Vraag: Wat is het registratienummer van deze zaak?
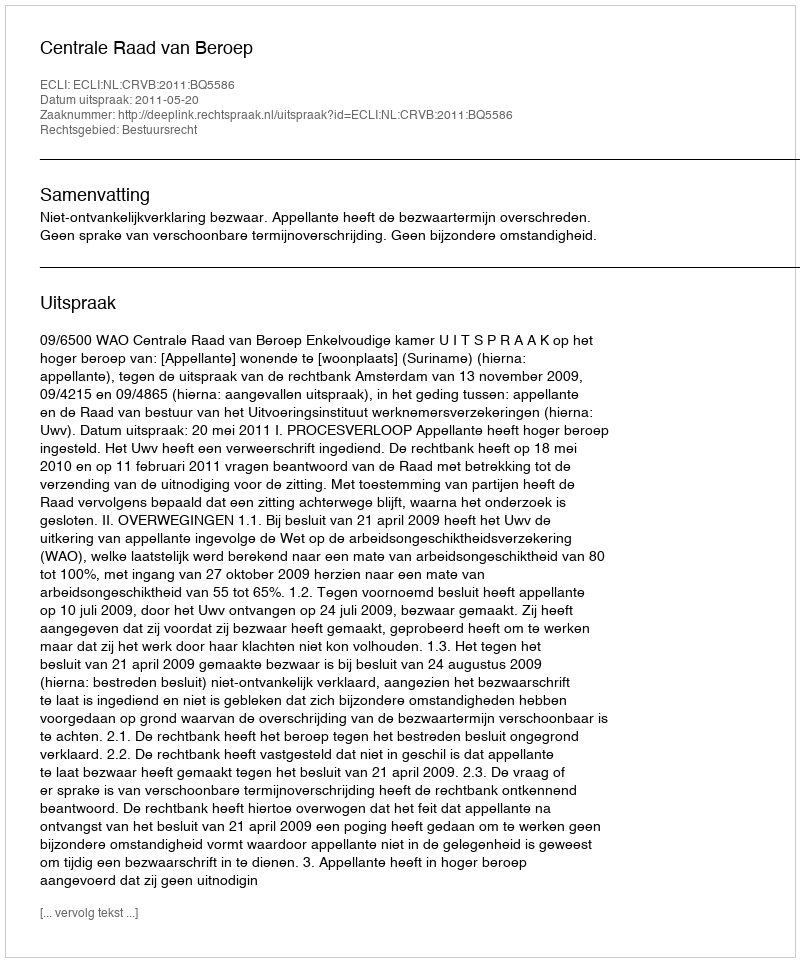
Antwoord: http://deeplink.rechtspraak.nl/uitspraak?id=ECLI:NL:CRVB:2011:BQ5586